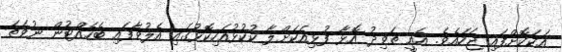
އަކަކޮށްފައި ޖަހައެވެ. އެއީ ތަވިދު އޮޅާ ފުޅިއަކަށްލާ ކުކުޅުއަހިކޮޅުގައި އެލުވާފައި ބެހެއްޓުން ނުވަތަ